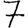
Digit: 7